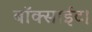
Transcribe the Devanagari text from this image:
बॉक्साईट।